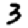
Digit: 3